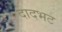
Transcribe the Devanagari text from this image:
दादभट